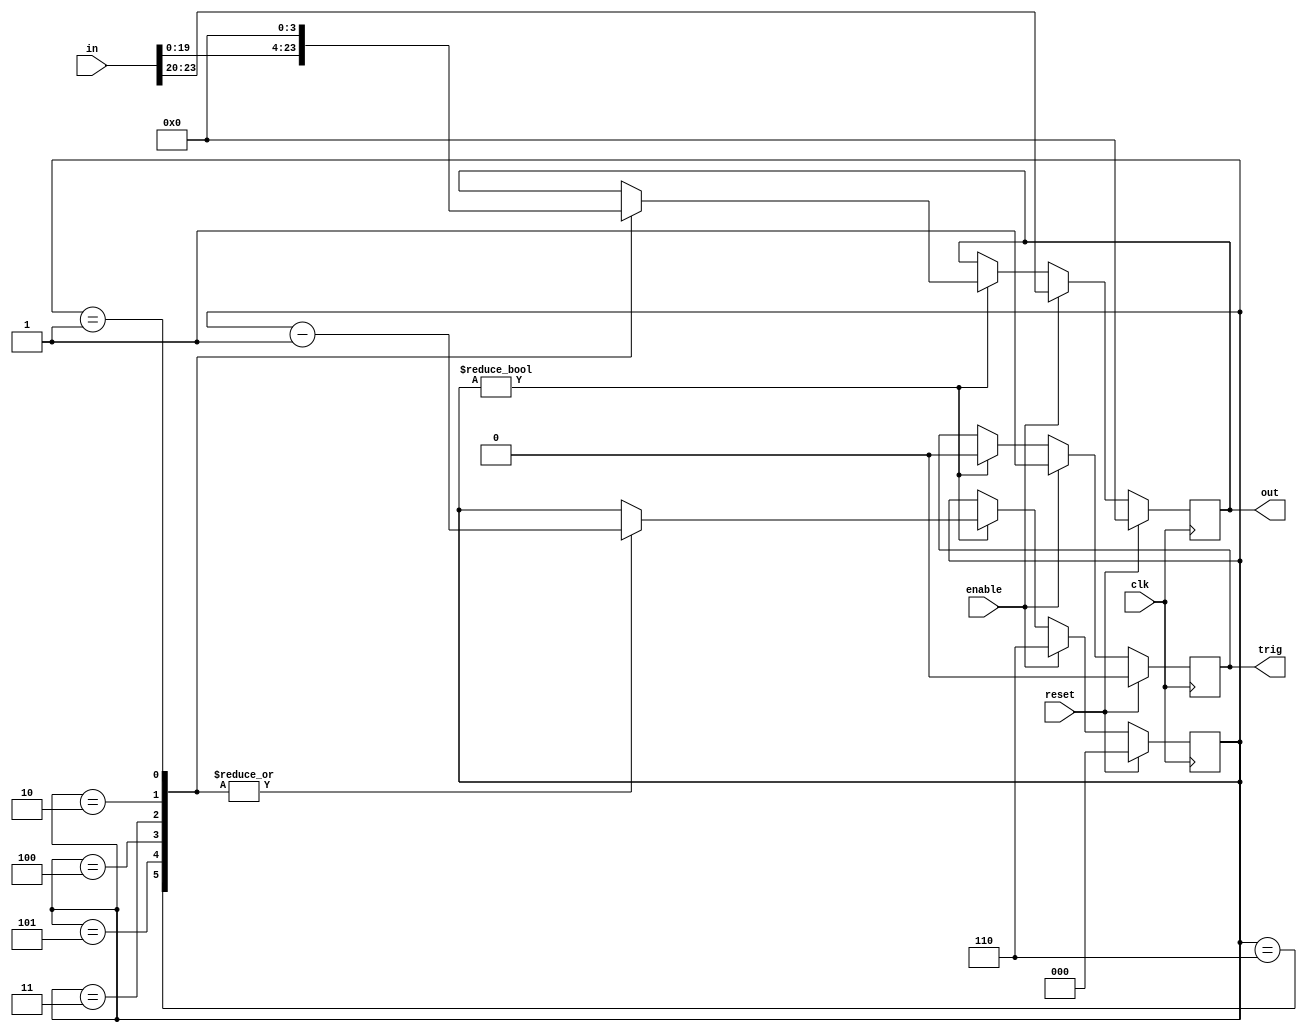
module buffer(in, out, clk, reset, enable, trig);
  input [23:0] in;
  input enable;
  input clk, reset;
  output reg [3:0] out;
  output reg trig;

  reg [23:0] store;
  reg [2:0] state; 

  always @(posedge clk) begin
    if (reset) begin
      store <= 0;
      out <= 0;
      state <= 0;
      trig <= 0;
    end else if (enable) begin
      store <= in;
      out <= in[23:20];
      state <= 6;
      trig <= 1;
    end else if (state) begin
      case (state) 
        3'd6 : begin state <= state - 1; out <= in[19:16]; trig <= 0; end
        3'd5 : begin state <= state - 1; out <= in[15:12]; trig <= 0; end
        3'd4 : begin state <= state - 1; out <= in[11:8]; trig <= 0; end
        3'd3 : begin state <= state - 1; out <= in[7:4]; trig <= 0; end
        3'd2 : begin state <= state - 1; out <= in[3:0]; trig <= 0; end
        3'd1 : begin state <= state - 1; out <= 0; trig <= 0; end
        default : begin state <= state; out <= out; trig <= 0; end
      endcase
    end
  end
endmodule